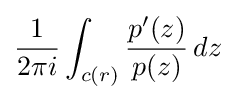
{\frac {1}{2\pi i}}\int _{c(r)}{\frac {p'(z)}{p(z)}}\,dz